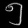
Digit: ၅